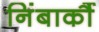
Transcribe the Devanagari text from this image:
निंबार्कौ